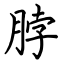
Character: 脖